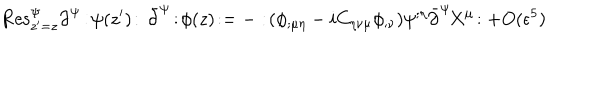
\mathrm { R e s } _ { z ^ { \prime } = z } ^ { \Psi } \partial ^ { \Psi } \! : \! \psi ( z ^ { \prime } ) \! : \, \bar { \partial } ^ { \Psi } \! : \! \phi ( z ) \! : = - : \! ( \phi _ { ; \mu \eta } - i C _ { \eta \nu \mu } \phi _ { ; \nu } ) \psi ^ { ; \eta } \bar { \partial } ^ { \Psi } \! X ^ { \mu } \! : + O ( \epsilon ^ { 5 } )